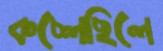
কচ্‌লেছিলে